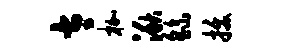
太枷湫繇拔